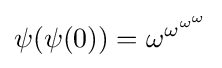
\psi (\psi (0))=\omega ^{\omega ^{\omega ^{\omega }}}